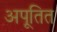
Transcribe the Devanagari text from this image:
अपूतित